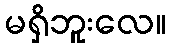
မရှိဘူးလေ။